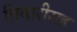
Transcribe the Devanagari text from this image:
तिवारीसह